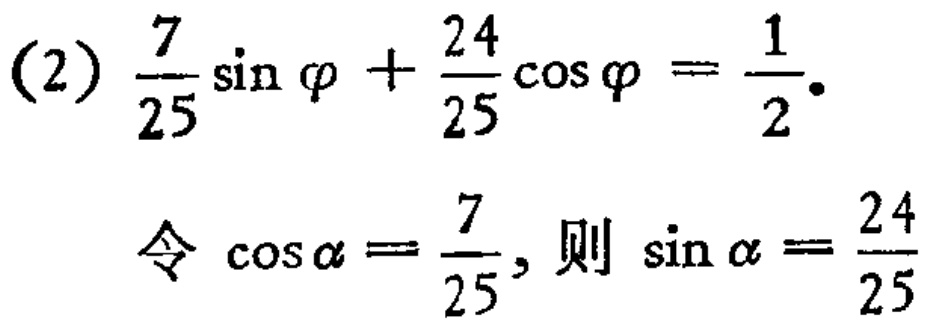
(2) \(\frac{7}{25}\sin\varphi+\frac{24}{25}\cos\varphi=\frac{1}{2}\).
令 \(\cos\alpha = \frac{7}{25}\), 则 \(\sin\alpha=\frac{24}{25}\)